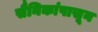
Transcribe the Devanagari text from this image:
सैनिकांपासून